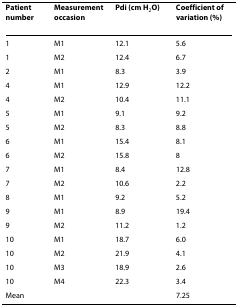
| Patient number | Measurement occasion | Pdi (cm H2O) | Coefficient of variation (%) |
 | --- | --- | --- | --- |
 | 1 | M1 | 12.1 | 5.6 |
 | 1 | M2 | 12.4 | 6.7 |
 | 2 | M1 | 8.3 | 3.9 |
 | 4 | M1 | 12.9 | 12.2 |
 | 4 | M2 | 10.4 | 11.1 |
 | 5 | M1 | 9.1 | 9.2 |
 | 5 | M2 | 8.3 | 8.8 |
 | 6 | M1 | 15.4 | 8.1 |
 | 6 | M2 | 15.8 | 8 |
 | 7 | M1 | 8.4 | 12.8 |
 | 7 | M2 | 10.6 | 2.2 |
 | 8 | M1 | 9.2 | 5.2 |
 | 9 | M1 | 8.9 | 19.4 |
 | 9 | M2 | 11.2 | 1.2 |
 | 10 | M1 | 18.7 | 6.0 |
 | 10 | M2 | 21.9 | 4.1 |
 | 10 | M3 | 18.9 | 2.6 |
 | 10 | M4 | 22.3 | 3.4 |
 | Mean |  |  | 7.25 |